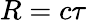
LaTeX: R=c\tau